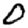
Digit: 0